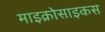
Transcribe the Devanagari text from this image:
माइक्रोसाइकस